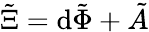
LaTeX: \tilde{\Xi}=\mathrm{d}\tilde{\Phi}+\tilde{A}